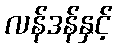
လန်ဒန်နှင့်